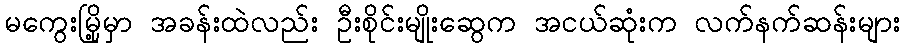
မကွေးမြို့မှာ အခန်းထဲလည်း ဦးစိုင်းမျိုးဆွေက အငယ်ဆုံးက လက်နက်ဆန်းများ